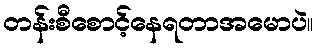
တန်းစီစောင့်နေရတာအမောပဲ။